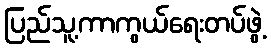
ပြည်သူ့ကာကွယ်ရေးတပ်ဖွဲ့